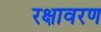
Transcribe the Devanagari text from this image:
रक्षावरण